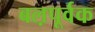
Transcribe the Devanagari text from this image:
बल़पूर्वक